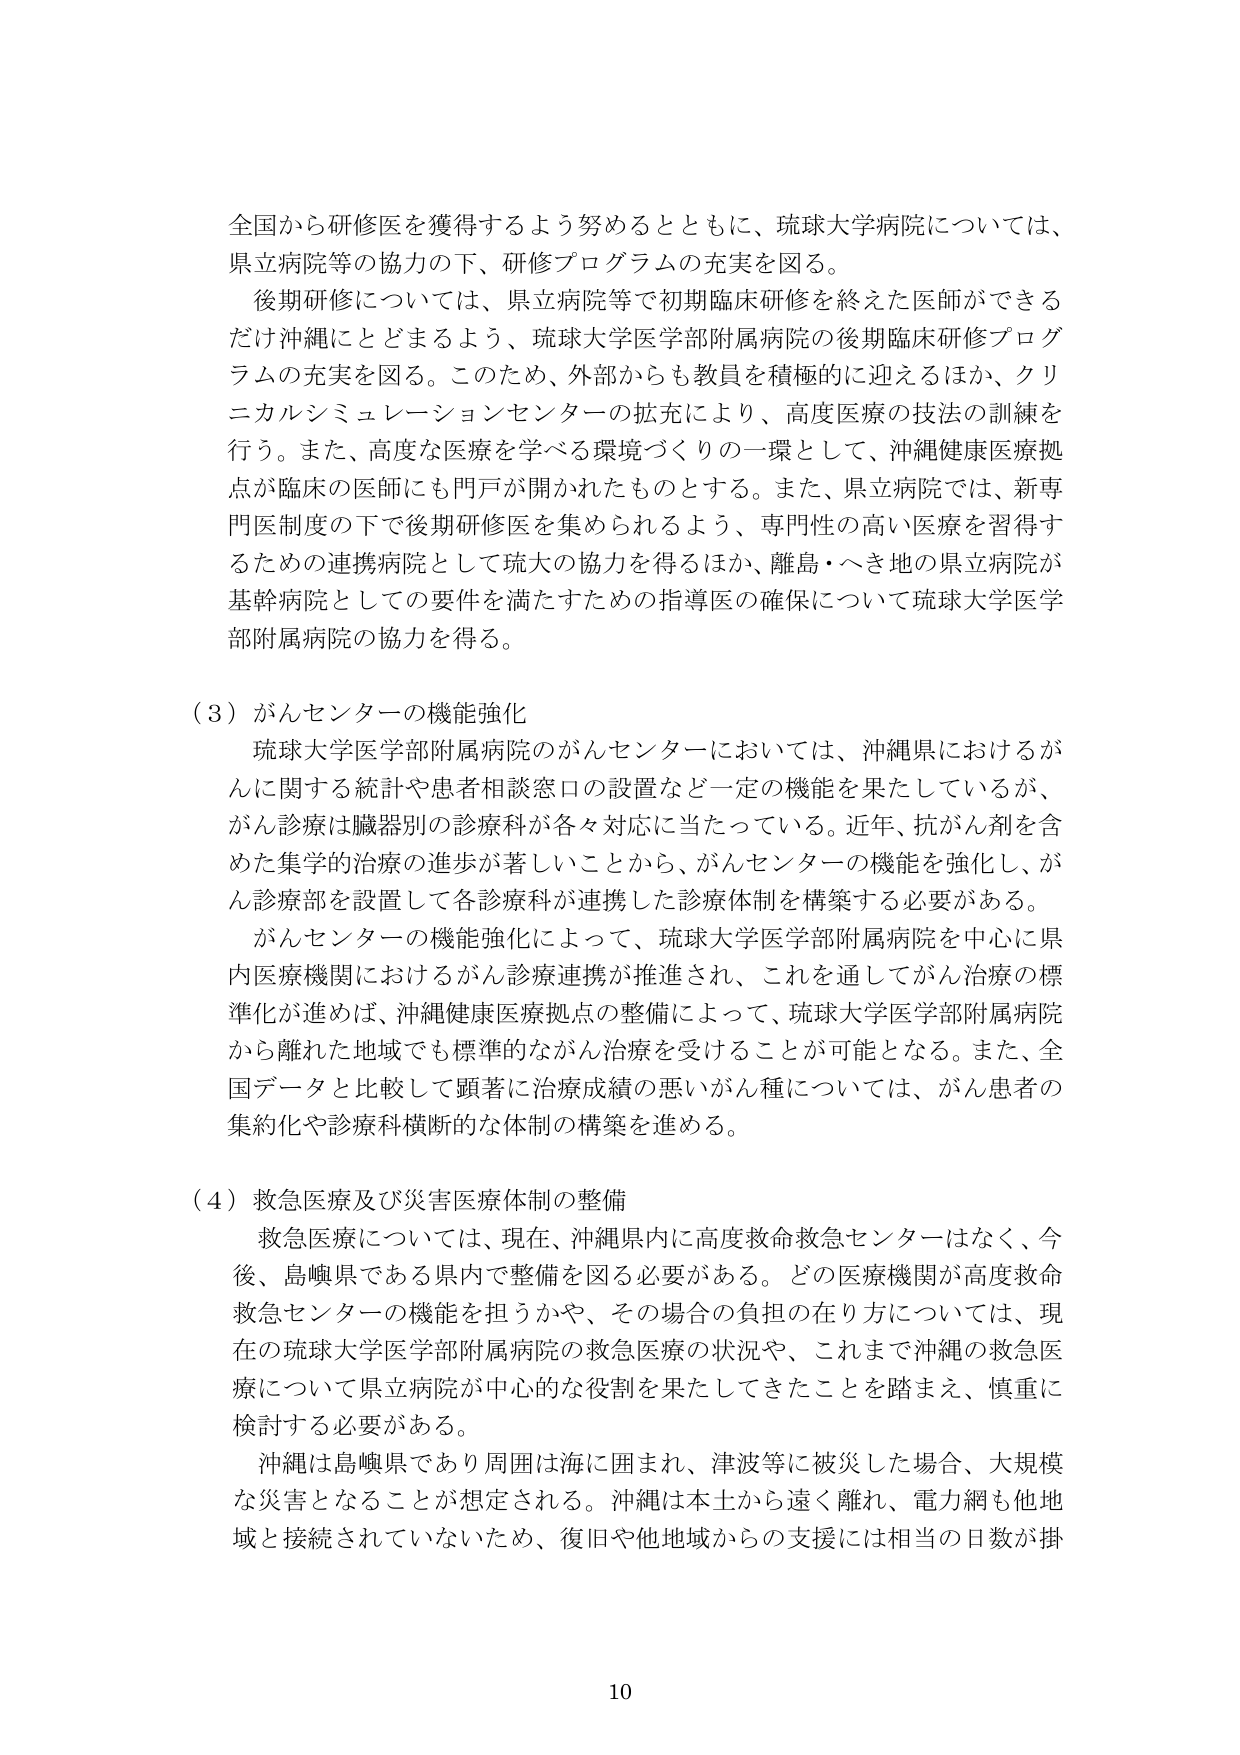
全国から研修医を獲得するよう努めるとともに、琉球大学病院については、
県立病院等の協力の下、研修プログラムの充実を図る。

後期研修については、県立病院等で初期臨床研修を終えた医師ができる
だけ沖縄にとどまるよう、琉球大学医学部附属病院の後期臨床研修プログ
ラムの充実を図る。このため、外部からも教員を積極的に迎えるほか、クリ
ニカルシミュレーションセンターの拡充により、高度医療の技法の訓練を
行う。また、高度な医療を学べる環境づくりの一環として、沖縄健康医療拠
点が臨床の医師にも門戸が開かれたものとする。また、県立病院では、新専
門医制度の下で後期研修医を集められるよう、専門性の高い医療を習得す
るための連携病院として琉大の協力を得るほか、離島・へき地の県立病院が
基幹病院としての要件を満たすための指導医の確保について琉球大学医学
部附属病院の協力を得る。

（３）がんセンターの機能強化
琉球大学医学部附属病院のがんセンターにおいては、沖縄県におけるが
んに関する統計や患者相談窓口の設置など一定の機能を果たしているが、
がん診療は臓器別の診療科が各々対応に当たっている。近年、抗がん剤を含
めた集学的治療の進歩が著しいことから、がんセンターの機能を強化し、が
ん診療部を設置して各診療科が連携した診療体制を構築する必要がある。

がんセンターの機能強化によって、琉球大学医学部附属病院を中心に県
内医療機関におけるがん診療連携が推進され、これを通してがん治療の標
準化が進めば、沖縄健康医療拠点の整備によって、琉球大学医学部附属病院
から離れた地域でも標準的ながん治療を受けることが可能となる。また、全
国データと比較して顕著に治療成績の悪いがん種については、がん患者の
集約化や診療科横断的な体制の構築を進める。

（４）救急医療及び災害医療体制の整備
救急医療については、現在、沖縄県内に高度救命救急センターはなく、今
後、島嶼県である県内で整備を図る必要がある。どの医療機関が高度救命
救急センターの機能を担うかや、その場合の負担の在り方については、現
在の琉球大学医学部附属病院の救急医療の状況や、これまで沖縄の救急医
療について県立病院が中心的な役割を果たしてきたことを踏まえ、慎重に
検討する必要がある。

沖縄は島嶼県であり周囲は海に囲まれ、津波等に被災した場合、大規模
な災害となることが想定される。沖縄は本土から遠く離れ、電力網も他地
域と接続されていないため、復旧や他地域からの支援には相当の日数が掛

10